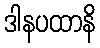
ဒါနပထာနိ